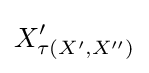
X'_{\tau (X',X'')}